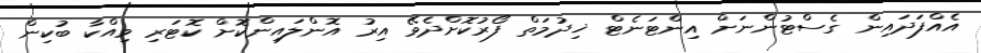
އެއްފަދައިން ގެސްޓުންނަށް އިންޓަނެޓް ޚިދުމަތް ފޯރުކޮށްދެވޭ އިރު އޮންލައިންކޮށް ކޮޓަރި ވިއްކާ ބުކިން